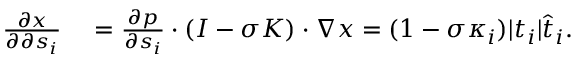
\begin{array} { r l } { \frac { \partial x } { \partial \partial s _ { i } } } & { { } = \frac { \partial p } { \partial s _ { i } } \cdot ( I - \sigma K ) \cdot \nabla x = ( 1 - \sigma \kappa _ { i } ) | t _ { i } | \widehat { t } _ { i } . } \end{array}